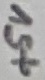
Text: +5V